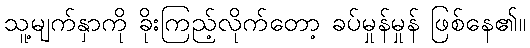
သူ့မျက်နှာကို ခိုးကြည့်လိုက်တော့ ခပ်မှုန်မှုန် ဖြစ်နေ၏။